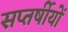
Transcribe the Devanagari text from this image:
सप्तर्षीयों